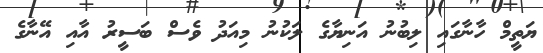
ޔަތީމް ހާނާގައި ލިބުނު އަނިޔާގެ ލަކުނު މިއަދު ވެސް ބަސީރު އާއި އޭނާގެ